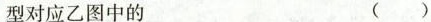
型对应乙图中的 ( )